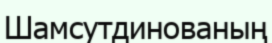
Шамсутдинованың